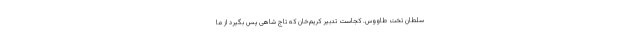
سلطان تخت طاووس. کجاست تدبیر کریم‌خان که تاج شاهی پس بگیرد از ما